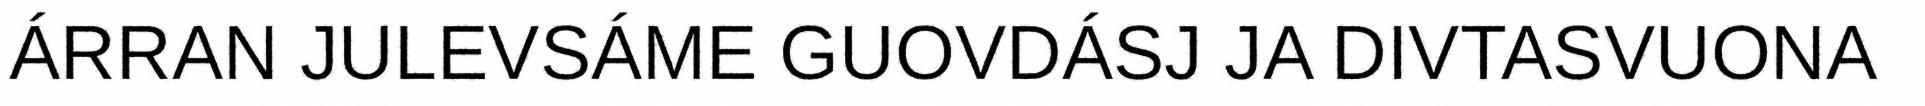
ÁRRAN JULEVSÁME GUOVDÁSJ JA DIVTASVUONA